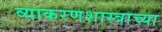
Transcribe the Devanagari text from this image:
व्याकरणशास्त्राच्या